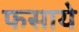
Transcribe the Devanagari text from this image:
फसाये